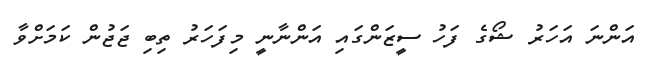
އަންނަ އަހަރު ޝޯގެ ފަހު ސީޒަންގައި އަންނާނީ މިފަހަރު ތިބި ޖަޖުން ކަމަށްވާ